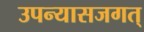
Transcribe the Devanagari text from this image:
उपन्यासजगत्